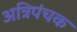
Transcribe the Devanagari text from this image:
अत्रिपंचक